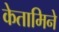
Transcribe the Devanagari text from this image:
केतामिने